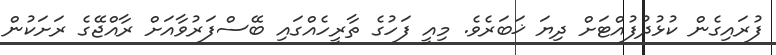
ފުރައިގެން ކުޅުދުފުއްޓަށް ދިޔަ ޚަބަރެވެ. މިއީ ފަހުގެ ތާރީހެއްގައި ބޭސްފަރުވާއަށް ރާއްޖޭގެ ރަށަކުން